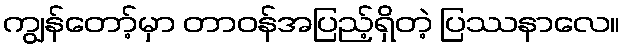
ကျွန်တော့်မှာ တာဝန်အပြည့်ရှိတဲ့ ပြဿနာလေ။